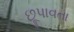
છૂપાવતા